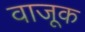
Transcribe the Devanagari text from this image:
वाजूक